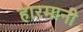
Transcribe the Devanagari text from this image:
हारमानी